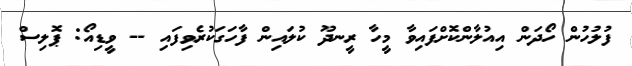
ފުލުހުން ހޯދަން އިއުލާންކޮށްފައިވާ މީހާ ރީނދޫ ކުލައިން ފާހަގަކުރެވިފައި -- ވީޑިއޯ: ޕޮލިސް